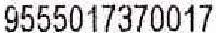
9555017370017